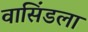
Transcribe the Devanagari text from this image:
वासिंडला